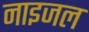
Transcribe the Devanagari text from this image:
नाइजल